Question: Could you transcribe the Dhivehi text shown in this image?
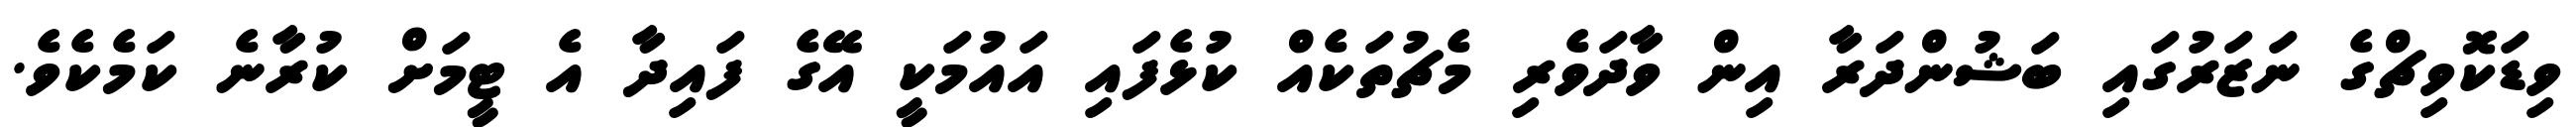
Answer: ވިޑަކޮވިޗްގެ ނަޒަރުގައި ބަޝުންދަރާ އިން ވާދަވެރި މެޗުތަކެއް ކުޅެފައި އައުމަކީ އޭގެ ފައިދާ އެ ޓީމަށް ކުރާނެ ކަމެކެވެ.